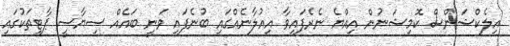
އިލެކްޝަންސް ކޮމިޝަނުން އިއްޔެ ނެރެފައިވާ އިއުލާނެއްގައި ބުނެފައި ވަނީ ބައެއް ސިޔާސީ ޕާޓީތަކުގައި